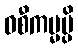
ဝစီကမ္မမ္ပိ